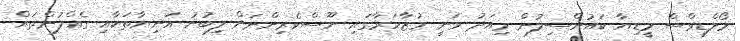
މޯލްޑިވްސް މީޑިޔާ ކައުންސިލުން މިއަދު ވަނީ މުޒާހަރާގައި ނޫސްވެރިންނަށް ލިބުނު އަނިޔާތަކާއި ގެއްލުންތައް